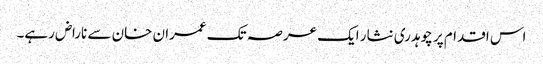
اس اقدام پر چوہدری نثار ایک عرصہ تک عمران خان سے ناراض رہے۔